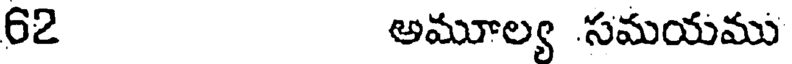
62 అమూల్య సమయము